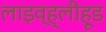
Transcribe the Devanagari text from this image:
लाइव्ह्‌लीहूड